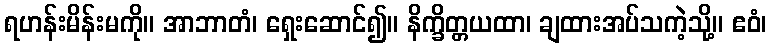
ရဟန်းမိန်းမကို။ အာဘာတံ၊ ရှေးဆောင်၍။ နိက္ခိတ္တယထာ၊ ချထားအပ်သကဲ့သို့။ ဧဝံ၊